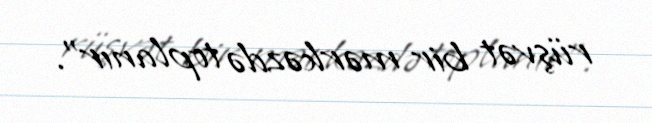
rüşvət bir mərkəzdə toplanır".